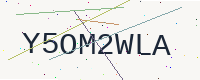
Text: Y5OM2WLA